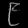
Digit: ၉